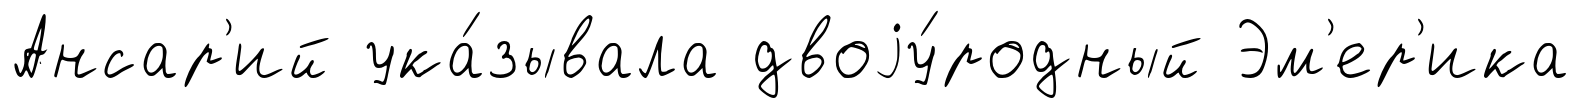
Ансар'ий ука́зывала двоjу́родный Эм'ер'ика